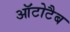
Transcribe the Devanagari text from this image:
ऑटोटैब